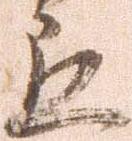
応